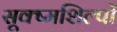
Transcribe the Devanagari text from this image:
सूक्ष्मशिल्पों